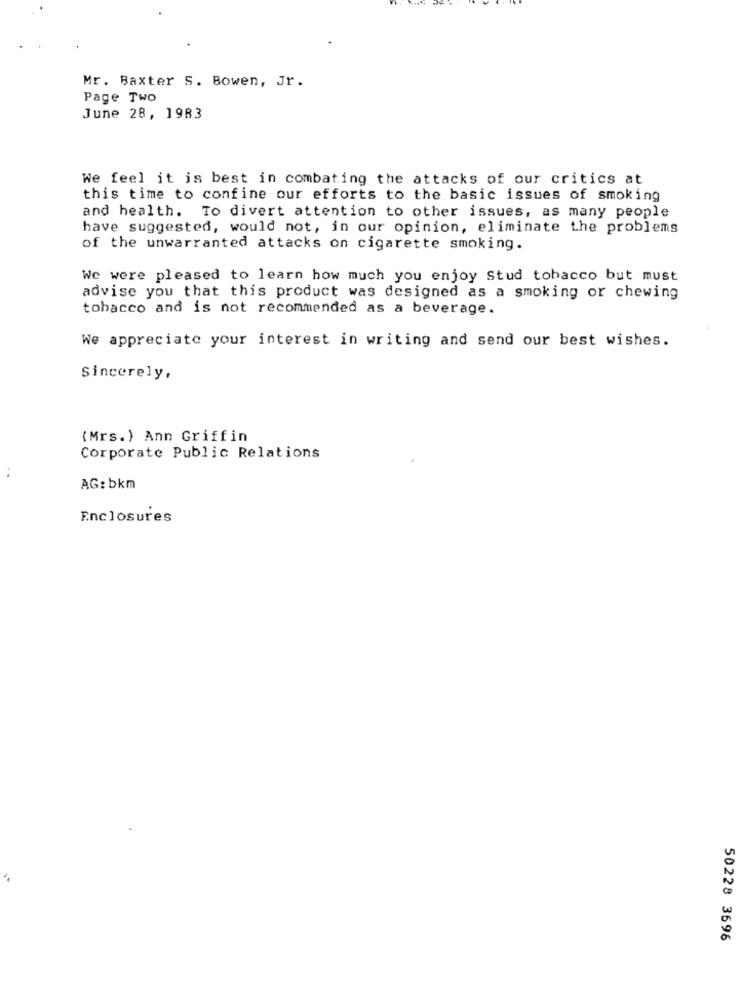
Mr. Baxter S. Bowen, Jr.
Page Two
June 28, 1983
We feel it is best in combating the attacks of our critics at
this time to confine our efforts to the basic issues of smoking
and health. To divert attention to other issues, as many people
have suggested, would not, in our opinion, eliminate the problems
of the unwarranted attacks on cigarette smoking.
We were pleased to learn how much you enjoy Stud tobacco but must
advise you that this product was designed as a smoking or chewing
tobacco and is not recommended as a beverage.
We appreciate your interest in writing and send our best wishes.
Sincerely,
(Mrs.) Ann Griffin
Corporate Public Relations
AG: bkm
Enclosures
50228 3696